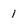
Character: 1